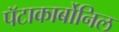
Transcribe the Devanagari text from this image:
पॅटाकार्बोनिल